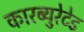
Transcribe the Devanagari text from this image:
कारब्युरेटेड